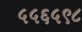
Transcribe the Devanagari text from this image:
५५६५९८